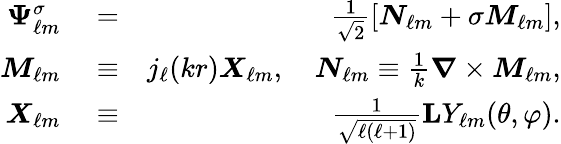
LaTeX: \begin{array}{rlr}{\boldsymbol{\Psi}_{\ell m}^{\sigma}}&{{}=}&{\frac{1}{\sqrt{2}}\left[{\boldsymbol{N}}_{\ell m}+\sigma{\boldsymbol{M}}_{\ell m}\right],}\\ {{\boldsymbol{M}}_{\ell m}}&{{}\equiv}&{j_{\ell}(kr)\boldsymbol{X}_{\ell m},\quad{\boldsymbol{N}}_{\ell m}\equiv\frac{1}{k}\boldsymbol{\nabla}\times{\boldsymbol{M}}_{\ell m},}\\ {\boldsymbol{X}_{\ell m}}&{{}\equiv}&{\frac{1}{\sqrt{\ell(\ell+1)}}{\mathbf{L}}Y_{\ell m}(\theta,\varphi).}\end{array}